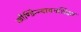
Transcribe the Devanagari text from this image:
काैण्डिन्न्यायनशिक्षा